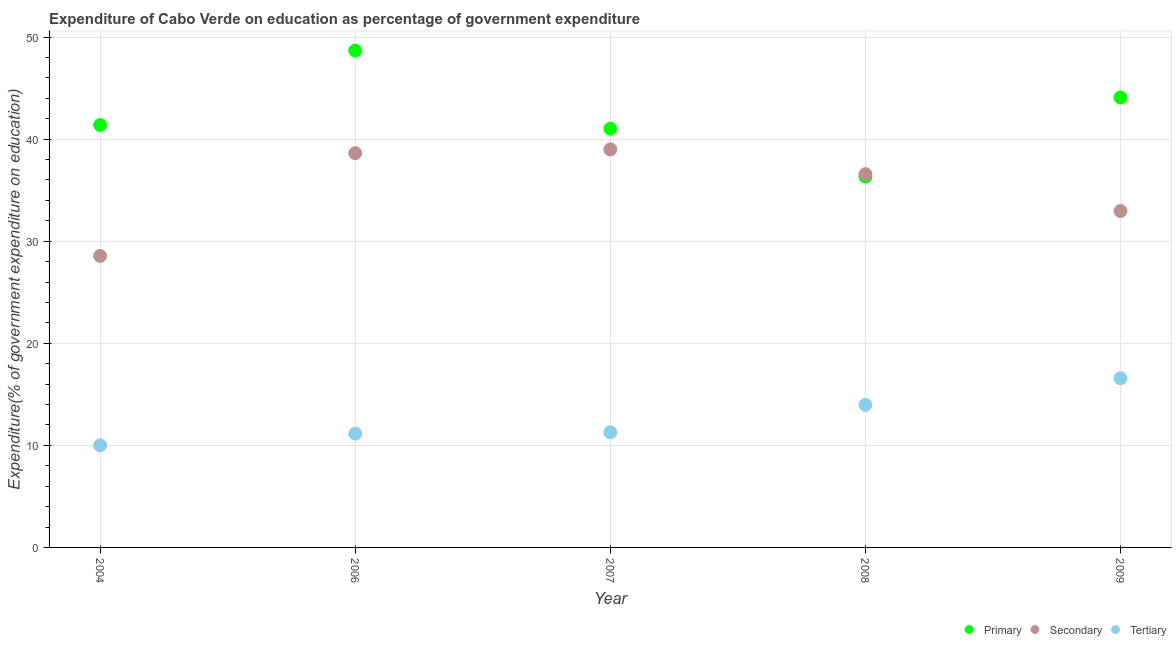
| Year | Primary | Secondary | Tertiary |
 | --- | --- | --- | --- |
 | 2004 | 41.4 | 28.6 | 10 |
 | 2006 | 48.7 | 38.6 | 11.2 |
 | 2007 | 41 | 39 | 11.3 |
 | 2008 | 36.3 | 36.6 | 14 |
 | 2009 | 44.1 | 33 | 16.6 |